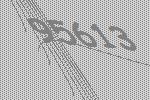
95613